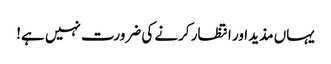
یہاں مذید اور انتظار کرنے کی ضرورت نہیں ہے!